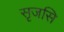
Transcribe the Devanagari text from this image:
सृजसि